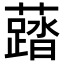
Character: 𧃌